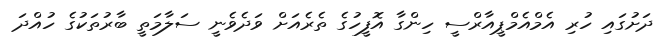
ދަށުގައި ހުރި އެމްއެމްޕީއާރްސީ ހިންގާ އޮފީހުގެ ތެރެއަށް ވަދެވެނީ ސަލާމަތީ ބާރުތަކުގެ ހުއްދަ